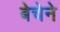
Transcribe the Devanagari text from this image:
बेचेने